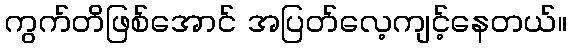
ကွက်တိဖြစ်အောင် အပြတ်လေ့ကျင့်နေတယ်။